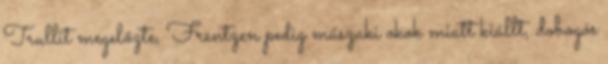
Trullit megelőzte, Frentzen pedig műszaki okok miatt kiállt, dobogós